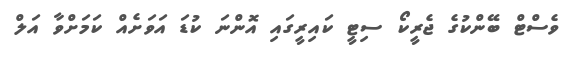
ވެސްޓް ބޭންކުގެ ޖެރީކޯ ސިޓީ ކައިރީގައި އޮންނަ ކުޑަ އަވަށެއް ކަމަށްވާ އަލް